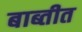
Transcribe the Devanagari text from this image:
बाब्तीत